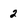
Character: 2